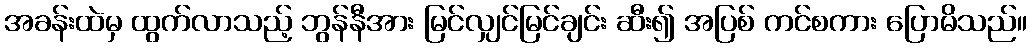
အခန်းထဲမှ ထွက်လာသည့် ဘွန်နီအား မြင်လျှင်မြင်ချင်း ဆီး၍ အပြစ် ကင်စကား ပြောမိသည်။